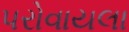
પરોવાયલા